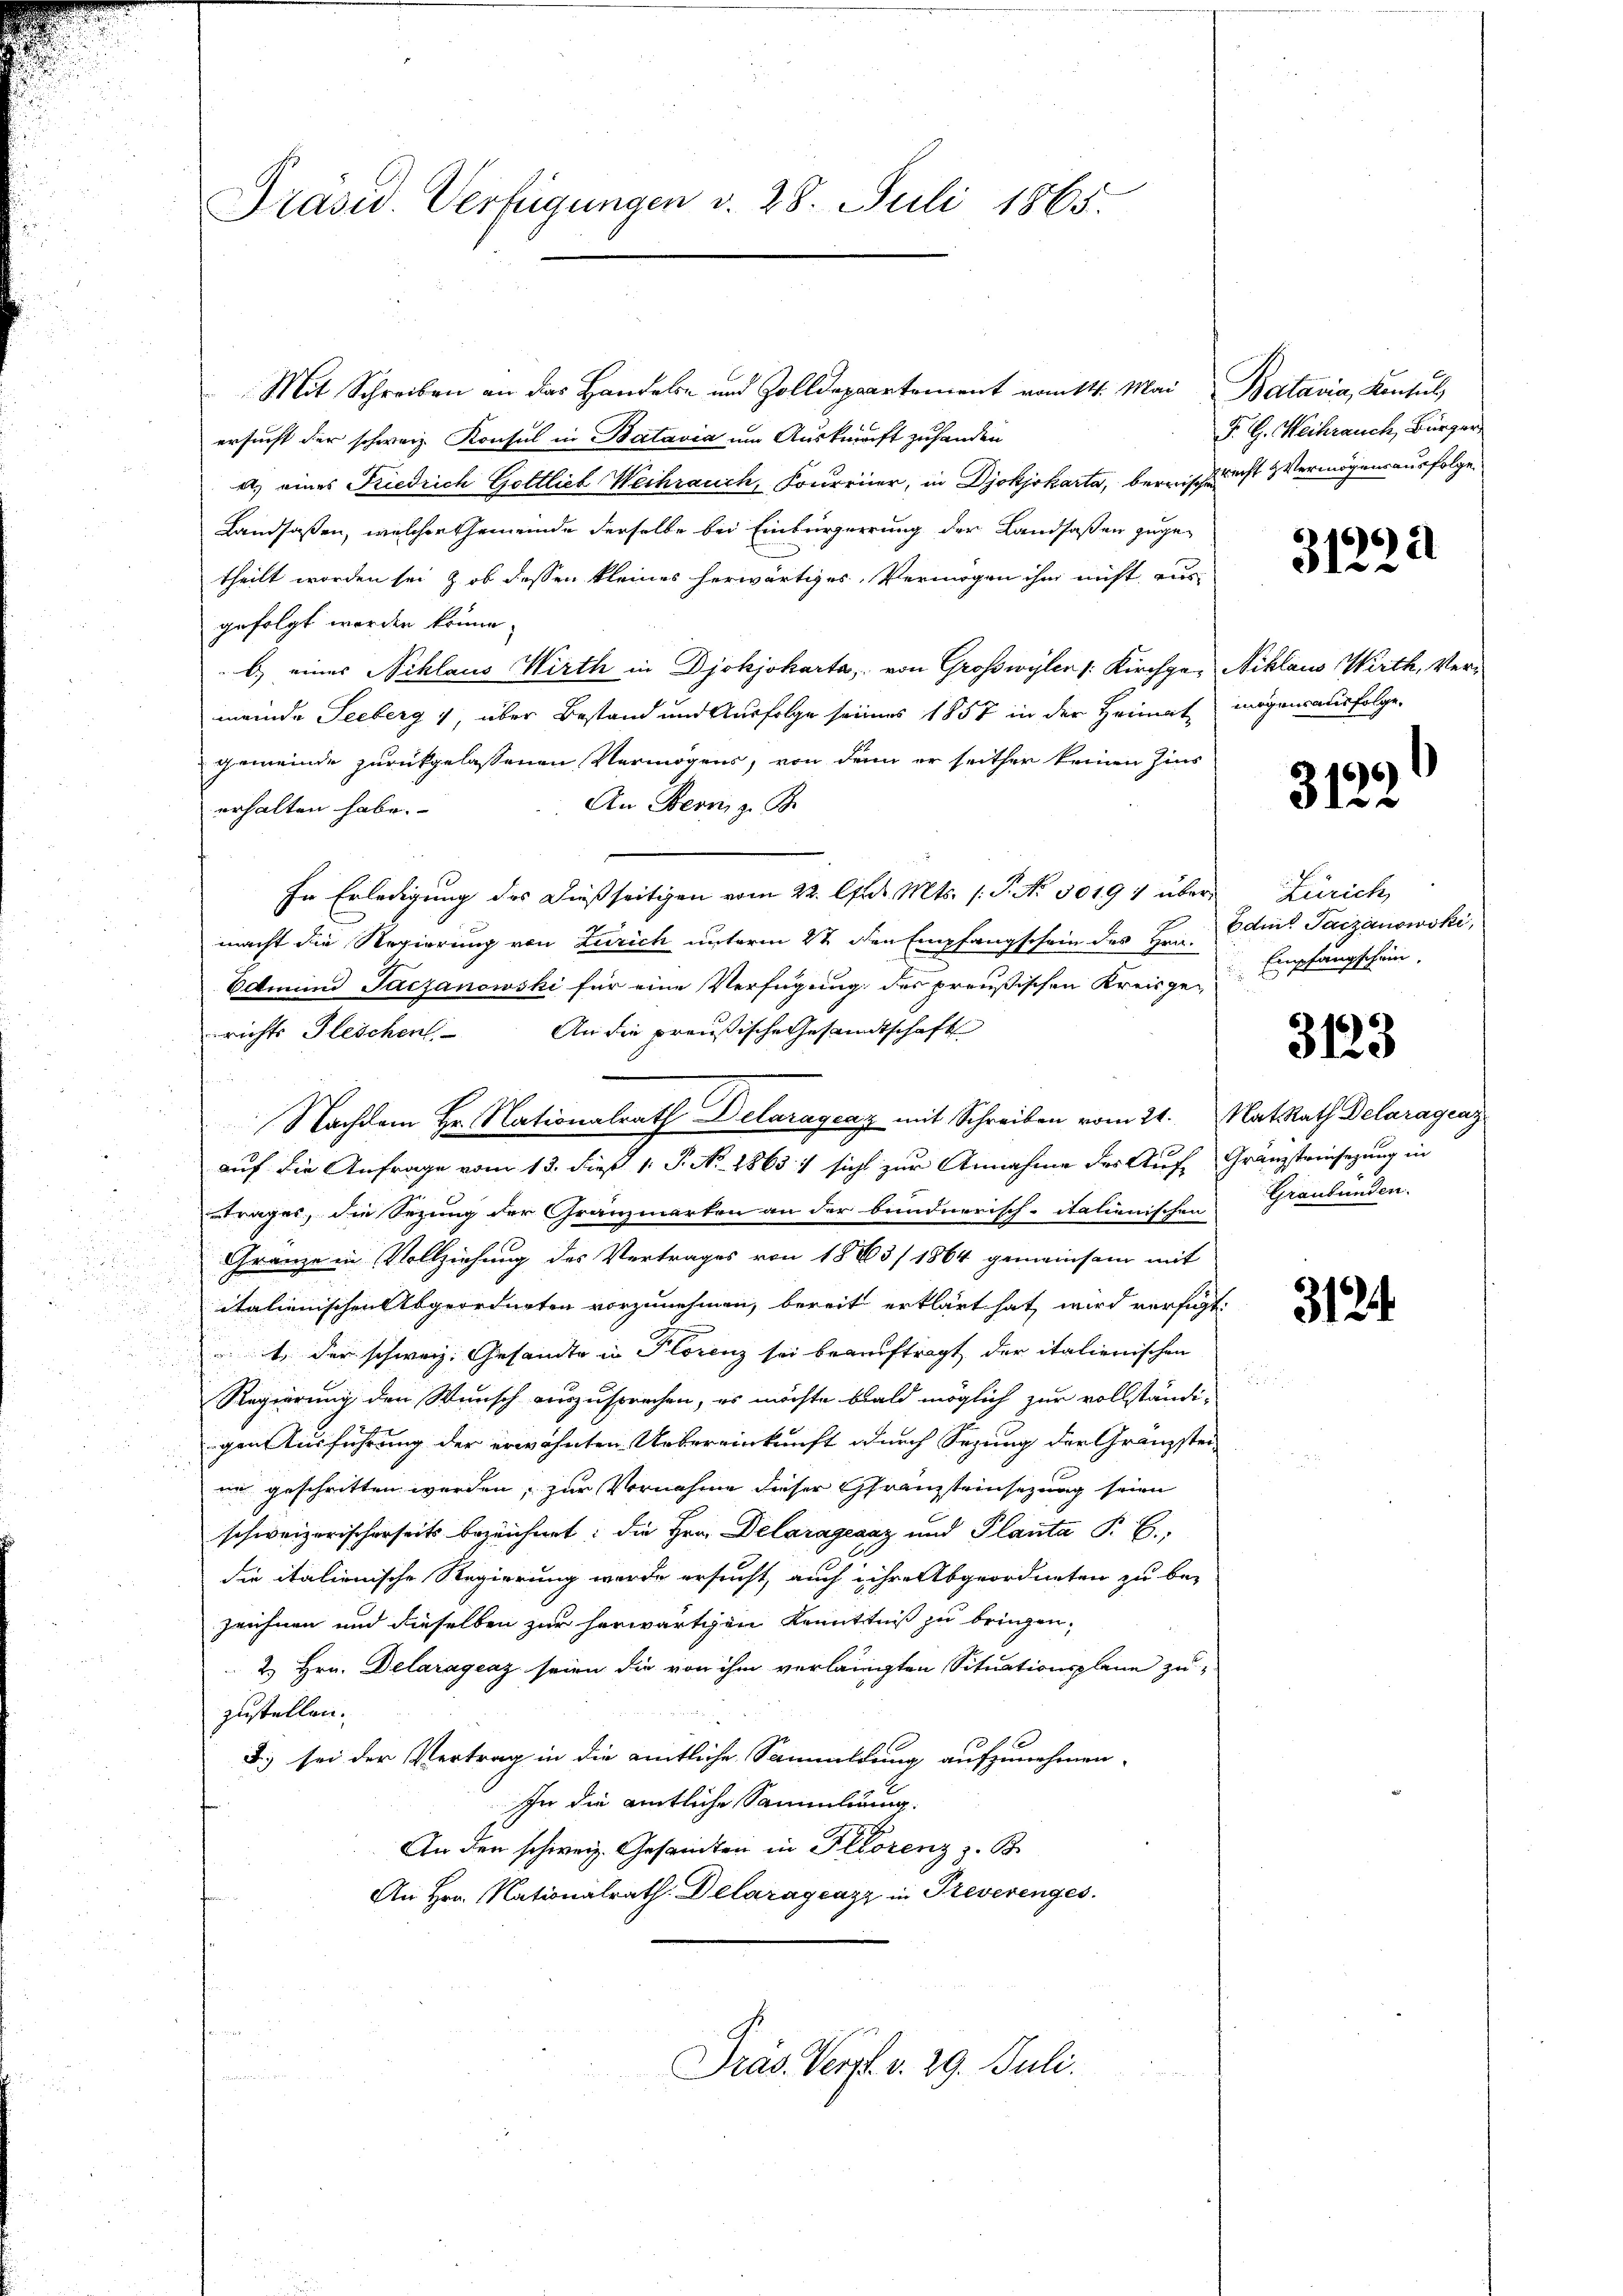
Präsid. Verfügungen d. 28. Juli 1865.

Mit Schreiben an das Handeln und Zolldeppartement vom 14. Mai
ersucht der schweiz. Konsul in Batavia um Auskunft zuhanden
a. eines Friedrich Gottlieb Weihrauch, Foureuer, in Djokjokarta, berische
Landsaßen, welcher Gemeinde derselbe bei Einbürgerrung der Landsaßen zugetheilt worden sei & ob dessen kleines herwärtiges Vermögen ihm nicht aus
gefolgt worden könne.
b.) eines Niklaus Wirth in Djokjokarta, von Großwyler /: Kirchgemeinde Seeberg, über Bestand und Ausfolge seines 1857 in der Heimat
gemeinde zurückgelassenen Vermögens, von denn er seither keinen Zins
An Bern, z. B.
erhalten habe. |
In Erledigung des Dießseitigen vom 22. Apr. Mts. /: P. No 30194 übermacht die Regierung von Zürich unterm 2t den Empfangschein des Hrn.
Edmund Jaczanowski für eine Verfügung des preußischen Kreisgerichts Geschen. An die preußische Gesandtschaft
auf die Anfrage vom 13. dieß 1. P. Nr. 1863 : sicht zur Annahme der Auf-
etrages, die Sezung der Granzmarten an der bundnerisch-italienischen
Granze in Vollziehung des Vertrages von 1883/ 1864 gemeinsam mit
italienischen Abgeordneten vorzunehmen, bereit erklärt hat wird verfügt
t der schweiz. Gesamte in Florenz sei beauftragt der italienischen
Regierung den Wunsch auszusprechen, es möchte bald möglich zur vollständi-
gen Ausführung der erwähnten Uebereinkunft durch Sezung der Granzstei
nn geschritten werden, zur Vornahme dieser Gränzteinsezung seien
schweizerischerseits bezeichnet: die Hrn. Delaragranz und Planta P. C.
die italienische Regierung werde ersucht, auch ihre Abgeordneten zu bezeichnen und dieselben zur herwärtigen Kenntniß zu bringen,
2 Hrn. Delaragcaz seien die von ihm verlangten Situationsplane zu-
zustellen.
J) sei der Vertrag in die amtliche Sanmeldung aufzunehmen.
In die amtliche Sammlung.
An den schweiz. Gesandten in Florenz z. B.
An Hrn. Nationalrath. Delaragenzz in Preverenges

Nachdem Hr. Nationalrath Delaragenz mit Schreiben vom 21.

Präs. Vergl. v. 29. Juli.

Batavia, Konsul
P. G. Weihrauch, Bürger
recht & Vermögensausfolge

.

a
31

Niklaus Wirth, Vermögensausfolge.

466
31.

Zürich,
Edi Paczanowski,
Empfangschein,

3123

Nat. Rath Delaraguay
Gränzteinsezung in
Graubünden.

312